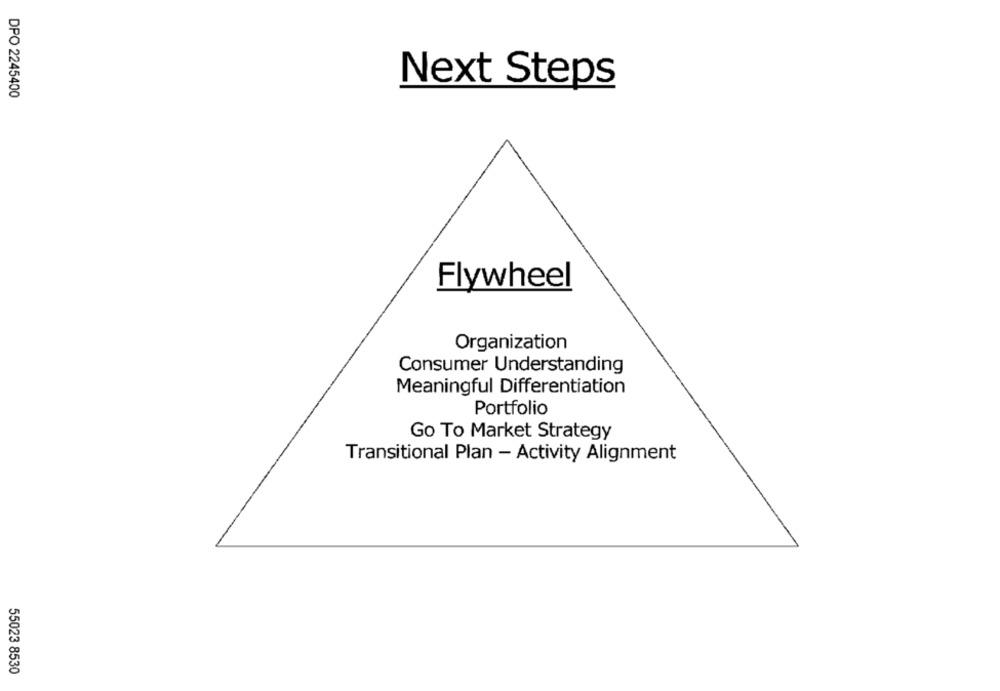
Next Steps
DPO 2245400
Flywheel
Organization
Consumer Understanding
Meaningful Differentiation
Portfolio
Go To Market Strategy
Transitional Plan - Activity Alignment
55023 8530